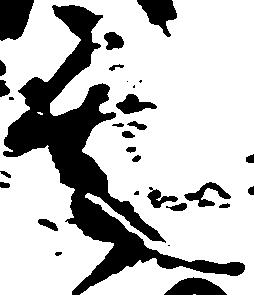
其